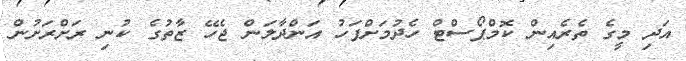
އަދި މީގެ ތެރެއިން ކޮމްޕޯސްޓް ހެދުމަށްފަހު އަންދާލަން ޖެހޭ ޒާތުގެ ކުނި ރަށްރަށުން